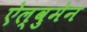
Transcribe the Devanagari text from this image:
ऐल्वुमेन